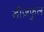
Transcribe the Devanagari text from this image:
डीज़फुल